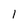
Character: I